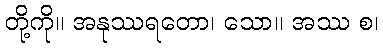
တို့ကို။ အနုဿရတော၊ သော။ အဿ စ၊